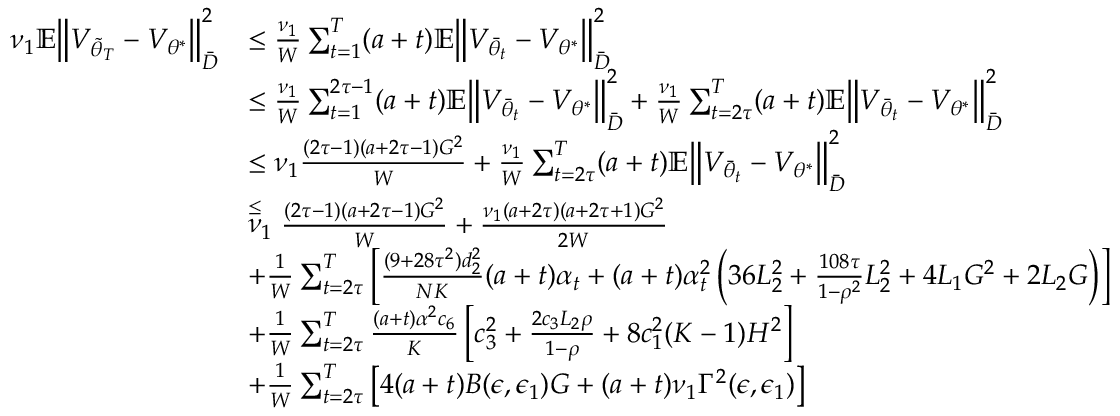
\begin{array} { r l } { \nu _ { 1 } \mathbb { E } \Big \lVert V _ { \tilde { \theta } _ { T } } - V _ { \theta ^ { * } } \Big \rVert _ { \bar { D } } ^ { 2 } } & { \leq \frac { \nu _ { 1 } } { W } \sum _ { t = 1 } ^ { T } ( a + t ) \mathbb { E } \Big \lVert V _ { \bar { \theta } _ { t } } - V _ { \theta ^ { * } } \Big \rVert _ { \bar { D } } ^ { 2 } } \\ & { \le \frac { \nu _ { 1 } } { W } \sum _ { t = 1 } ^ { 2 \tau - 1 } ( a + t ) \mathbb { E } \Big \lVert V _ { \bar { \theta } _ { t } } - V _ { \theta ^ { * } } \Big \rVert _ { \bar { D } } ^ { 2 } + \frac { \nu _ { 1 } } { W } \sum _ { t = 2 \tau } ^ { T } ( a + t ) \mathbb { E } \Big \lVert V _ { \bar { \theta } _ { t } } - V _ { \theta ^ { * } } \Big \rVert _ { \bar { D } } ^ { 2 } } \\ & { \le \nu _ { 1 } \frac { ( 2 \tau - 1 ) ( a + 2 \tau - 1 ) G ^ { 2 } } { W } + \frac { \nu _ { 1 } } { W } \sum _ { t = 2 \tau } ^ { T } ( a + t ) \mathbb { E } \Big \lVert V _ { \bar { \theta } _ { t } } - V _ { \theta ^ { * } } \Big \rVert _ { \bar { D } } ^ { 2 } } \\ & { \stackrel { \le } \nu _ { 1 } \frac { ( 2 \tau - 1 ) ( a + 2 \tau - 1 ) G ^ { 2 } } { W } + \frac { \nu _ { 1 } ( a + 2 \tau ) ( a + 2 \tau + 1 ) G ^ { 2 } } { 2 W } } \\ & { + \frac { 1 } { W } \sum _ { t = 2 \tau } ^ { T } \left[ \frac { ( 9 + 2 8 \tau ^ { 2 } ) d _ { 2 } ^ { 2 } } { N K } ( a + t ) \alpha _ { t } + ( a + t ) \alpha _ { t } ^ { 2 } \left( 3 6 L _ { 2 } ^ { 2 } + \frac { 1 0 8 \tau } { 1 - \rho ^ { 2 } } L _ { 2 } ^ { 2 } + 4 L _ { 1 } G ^ { 2 } + 2 L _ { 2 } G \right) \right] } \\ & { + \frac { 1 } { W } \sum _ { t = 2 \tau } ^ { T } \frac { ( a + t ) \alpha ^ { 2 } c _ { 6 } } { K } \left[ c _ { 3 } ^ { 2 } + \frac { 2 c _ { 3 } L _ { 2 } \rho } { 1 - \rho } + 8 c _ { 1 } ^ { 2 } ( K - 1 ) H ^ { 2 } \right] } \\ & { + \frac { 1 } { W } \sum _ { t = 2 \tau } ^ { T } \left[ 4 ( a + t ) B ( \epsilon , \epsilon _ { 1 } ) G + ( a + t ) \nu _ { 1 } \Gamma ^ { 2 } ( \epsilon , \epsilon _ { 1 } ) \right] } \end{array}